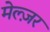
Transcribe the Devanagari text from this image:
मेल्ज़र